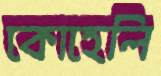
কোহেলি